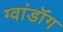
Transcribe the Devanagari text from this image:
ग्वांडॉंग